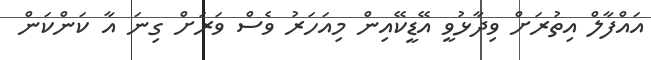
އައްފާލް އިތުރަށް ވިދާޅުވީ އޭޑީކޭއިން މިއަހަރު ވެސް ވަރަށް ގިނަ އާ ކަންކަން